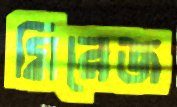
মিরেজ